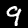
Label: 9